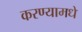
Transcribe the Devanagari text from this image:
करण्यामधे